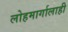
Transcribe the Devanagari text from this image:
लोहमार्गालाही